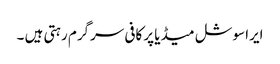
ایرا سوشل میڈیا پر کافی سرگرم رہتی ہیں ۔